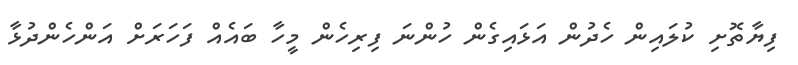
ފިޔާތޮށި ކުލައިން ހެދުން އަޅައިގެން ހުންނަ ފިރިހެން މީހާ ބައެއް ފަހަރަށް އަންހެންދުޅާ